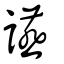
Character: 讌